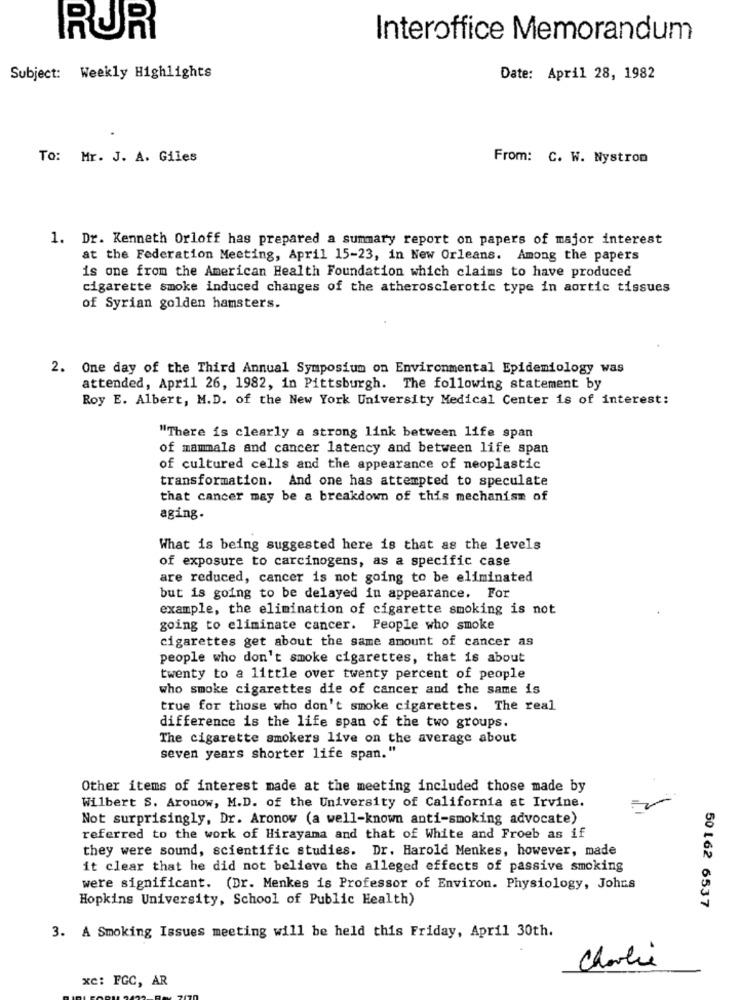
RUR
Interoffice Memorandum
Subject: Weekly Highlights
Date: April 28, 1982
To: Mr. J. A. Giles
From: C. W. Nystrom
1. Dr. Kenneth Orloff has prepared a summary report on papers of major interest
at the Federation Meeting, April 15-23, in New Orleans. Among the papers
is one from the American Health Foundation which claims to have produced
cigarette smoke induced changes of the atherosclerotic type in aortic tissues
of Syrian golden hamsters.
2. One day of the Third Annual Symposium on Environmental Epidemiology was
attended, April 26, 1982, in Pittsburgh. The following statement by
Roy E. Albert, M.D. of the New York University Medical Center is of interest:
"There is clearly a strong link between life span
of mammals and cancer latency and between life span
of cultured cells and the appearance of neoplastic
transformation. And one has attempted to speculate
that cancer may be a breakdown of this mechanism of
aging.
What is being suggested here is that as the levels
of exposure to carcinogens, as a specific case
are reduced, cancer is not going to be eliminated
but is going to be delayed in appearance. For
example, the elimination of cigarette smoking is not
going to eliminate cancer. People who smoke
cigarettes get about the same amount of cancer as
people who don't smoke cigarettes, that is about
twenty to a little over twenty percent of people
who smoke cigarettes die of cancer and the same is
true for those who don't smoke cigarettes. The real
difference is the life span of the two groups.
The cigarette smokers live on the average about
seven years shorter life span."
Other items of interest made at the meeting included those made by
Wilbert S. Aronow, M.D. of the University of California at Irvine.
Not surprisingly, Dr. Aronow (a well-known anti-smoking advocate)
referred to the work of Hirayama and that of White and Froeb as if
they were sound, scientific studies. Dr. Harold Menkes, however, made
it clear that he did not believe the alleged effects of passive smoking
were significant. (Dr. Menkes is Professor of Environ. Physiology, Johns
Hopkins University, School of Public Health)
50 162 6537
3. A Smoking Issues meeting will be held this Friday, April 30th.
Charlie
xe: FGC, AR